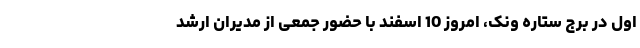
اول در برج ستاره ونک، امروز 10 اسفند با حضور جمعی از مدیران ارشد